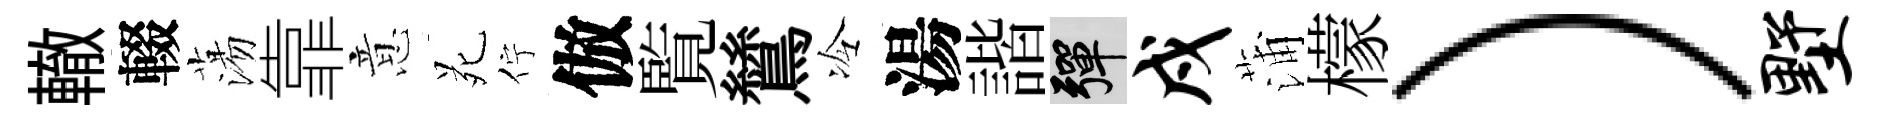
轍輟蕩靠意苑佇倣覧鷥冷湯諧彈戍蒲檬）墅